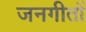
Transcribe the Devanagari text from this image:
जनगीतों